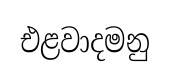
එළවාදමනු